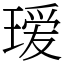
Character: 瑷